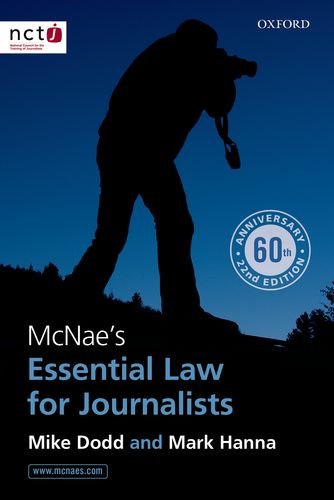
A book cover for McNae's Essential Law for Journalists; Mark Hanna; Law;